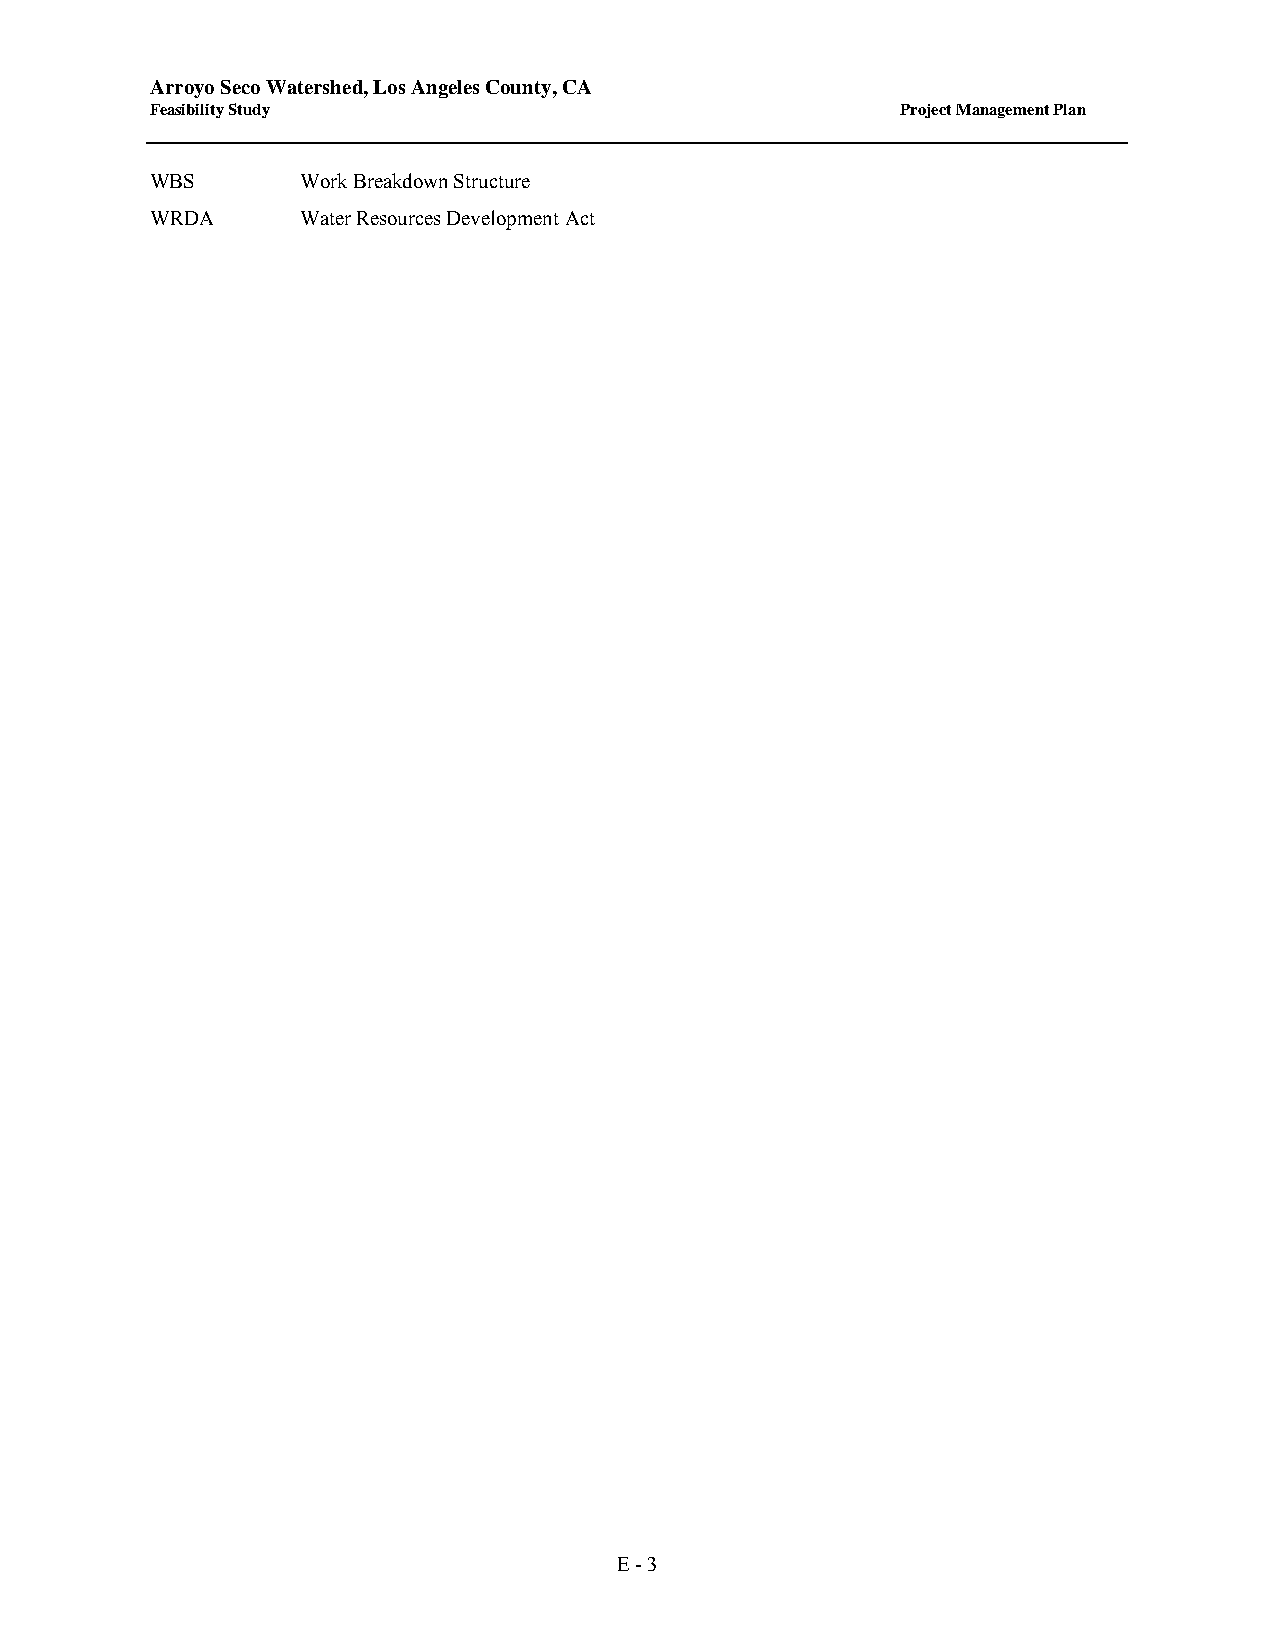
Arroyo Seco Watershed, Los Angeles County, CA
 Feasibility Study                                 Project Management Plan
 WBS       Work Breakdown Structure
 WRDA      Water Resources Development Act
 E - 3